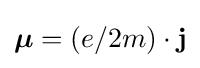
{\boldsymbol {\mu }}=(e/2m)\cdot \mathbf {j}